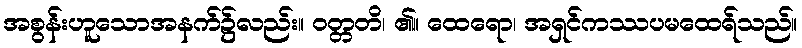
အစွန်းဟူသောအနက်၌လည်း။ ဝတ္တတိ၊ ၏။ ထေရော၊ အရှင်ကဿပမထေရ်သည်။